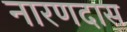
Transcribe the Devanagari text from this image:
नारणदास